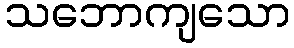
သဘောကျသော